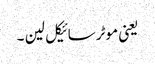
یعنی موٹرسائیکل لین ۔